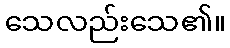
သေလည်းသေ၏။